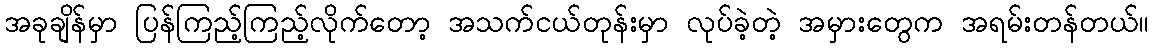
အခုချိန်မှာ ပြန်ကြည့်ကြည့်လိုက်တော့ အသက်ငယ်တုန်းမှာ လုပ်ခဲ့တဲ့ အမှားတွေက အရမ်းတန်တယ်။